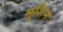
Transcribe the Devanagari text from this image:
मुशिन